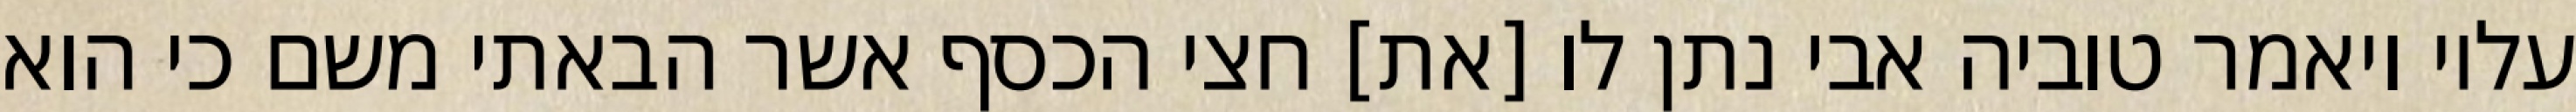
עליו ויאמר טוביה אבי נתן לו [את] חצי הכסף אשר הבאתי משם כי הוא